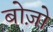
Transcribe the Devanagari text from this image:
बोज़ो